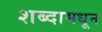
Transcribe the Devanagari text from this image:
शब्दामधून